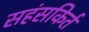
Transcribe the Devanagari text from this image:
सहंसकिर्त